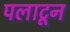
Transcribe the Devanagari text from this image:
पलाटून